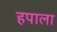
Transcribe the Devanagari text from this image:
हपाला